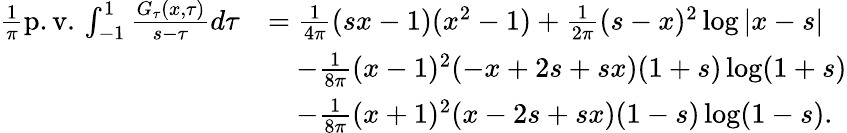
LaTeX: \begin{array}{rl}{\frac{1}{\pi}\mathrm{p.v.}\, \int_{-1}^{1}\frac{G_{\tau}(x,\tau)}{s-\tau}d\tau}&{=\frac{1}{4\pi}(sx-1)(x^{2}-1)+\frac{1}{2\pi}(s-x)^{2}\log|x-s|}\\ &{\quad-\frac{1}{8\pi}(x-1)^{2}(-x+2s+sx)(1+s)\log(1+s)}\\ &{\quad-\frac{1}{8\pi}(x+1)^{2}(x-2s+sx)(1-s)\log(1-s).}\end{array}